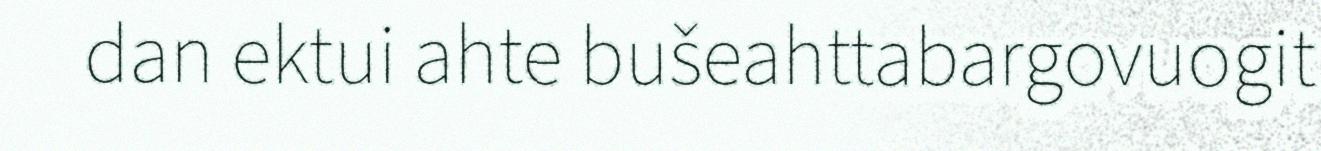
dan ektui ahte bušeahttabargovuogit